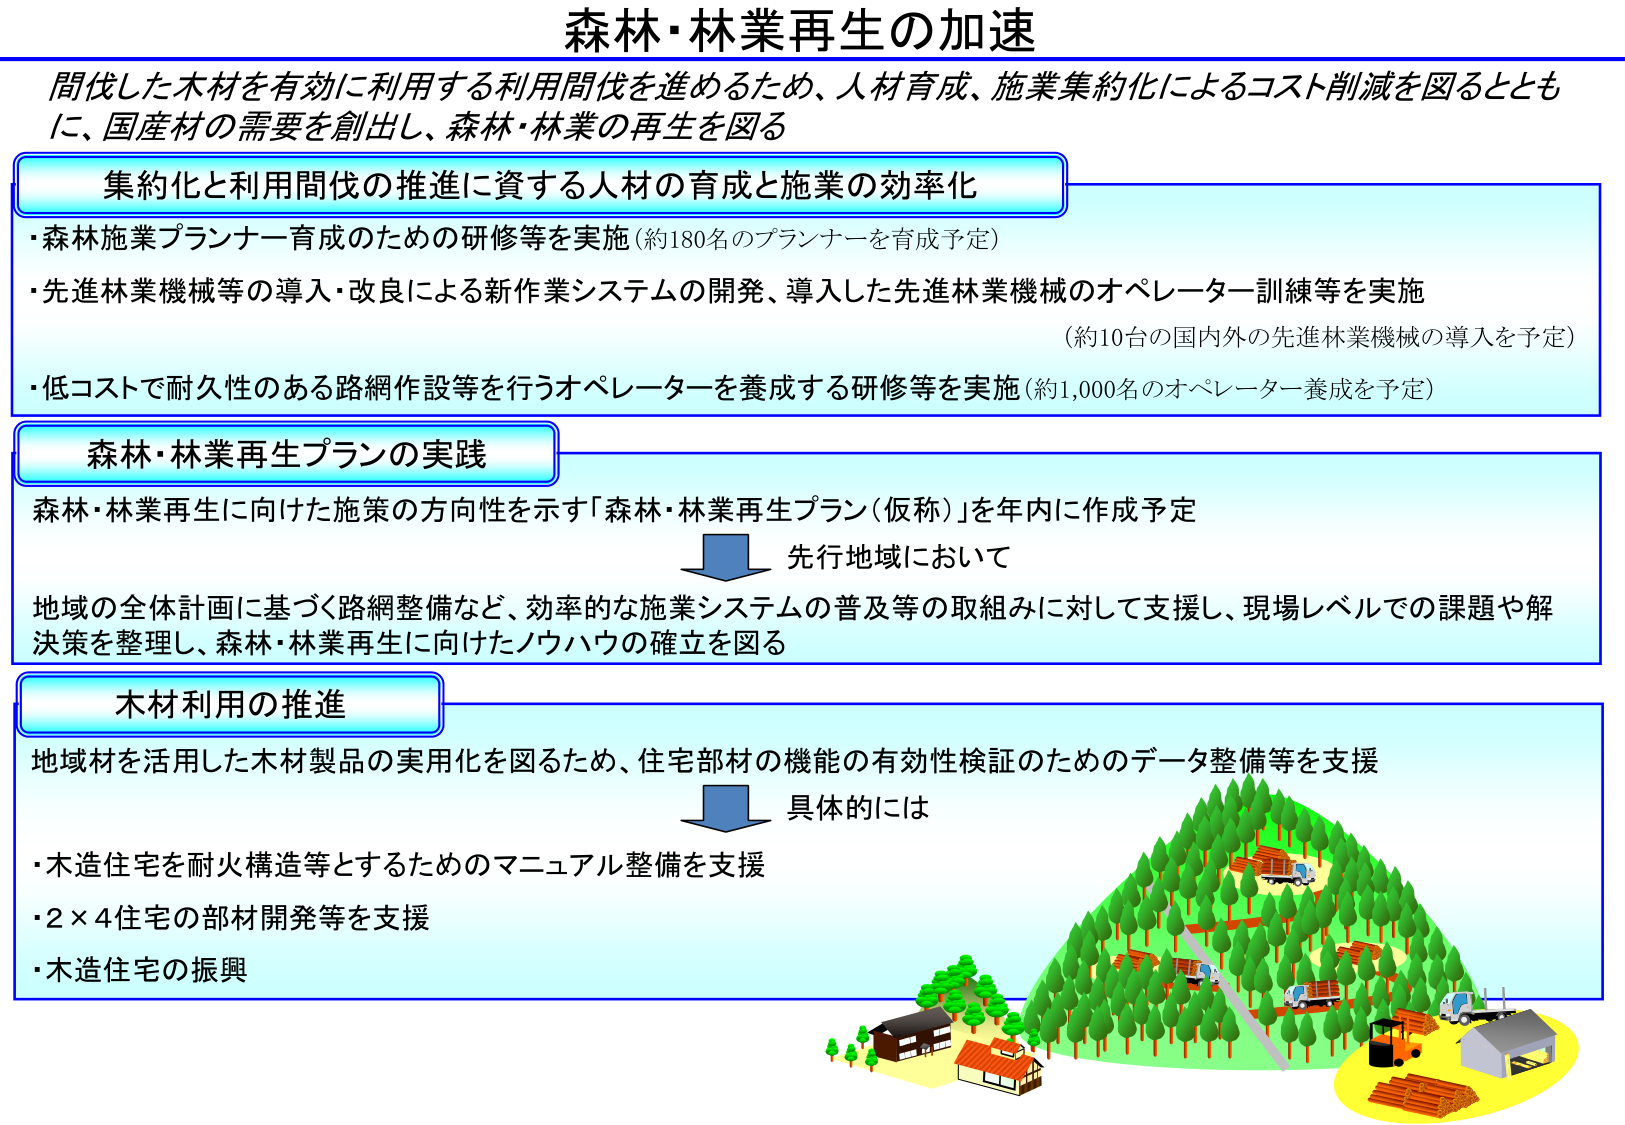
森林・林業再生の加速

間伐した木材を有効に利用する利用間伐を進めるため、人材育成、施業集約化によるコスト削減を図るとともに、国産材の需要を創出し、森林・林業の再生を図る

集約化と利用間伐の推進に資する人材の育成と施業の効率化
・森林施業プランナー育成のための研修等を実施（約180名のプランナーを育成予定）
・先進林業機械等の導入・改良による新作業システムの開発、導入した先進林業機械のオペレーター訓練等を実施
（約10台の国内外の先進林業機械の導入を予定）
・低コストで耐久性のある路網作設等を行うオペレーターを養成する研修等を実施（約1,000名のオペレーター養成を予定）

森林・林業再生プランの実践
森林・林業再生に向けた施策の方向性を示す「森林・林業再生プラン（仮称）」を年内に作成予定
↓ 先行地域において
地域の全体計画に基づく路網整備など、効率的な施業システムの普及等の取組みに対して支援し、現場レベルでの課題や解決策を整理し、森林・林業再生に向けたノウハウの確立を図る

木材利用の推進
地域材を活用した木材製品の実用化を図るため、住宅部材の機能の有効性検証のためのデータ整備等を支援
↓ 具体的には
・木造住宅を耐火構造等とするためのマニュアル整備を支援
・2×4住宅の部材開発等を支援
・木造住宅の振興